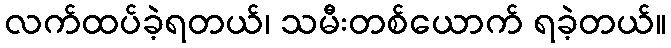
လက်ထပ်ခဲ့ရတယ်၊ သမီးတစ်ယောက် ရခဲ့တယ်။